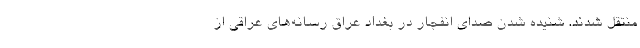
منتقل شدند. شنیده شدن صدای انفجار در بغداد عراق رسانه‌های عراقی از